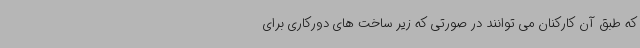
که طبق آن کارکنان می توانند در صورتی که زیر ساخت های دورکاری برای